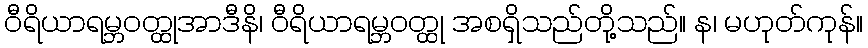
ဝီရိယာရမ္ဘဝတ္ထုအာဒီနိ၊ ဝီရိယာရမ္ဘဝတ္ထု အစရှိသည်တို့သည်။ န၊ မဟုတ်ကုန်။